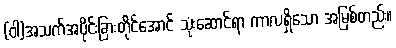
(ဝါ)အသက်အပိုင်းခြားတိုင်အောင် သုံးဆောင်ရာ ကာလရှိသော အမြစ်တည်း။